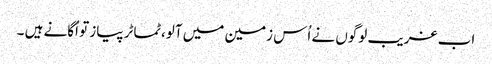
اب غریب لوگوں نے اُس زمین میں آلو،ٹماٹر پیاز تو اُگانے ہیں ۔